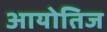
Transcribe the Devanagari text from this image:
आयोतिज